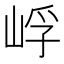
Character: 㟊